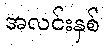
အလင်းနှစ်